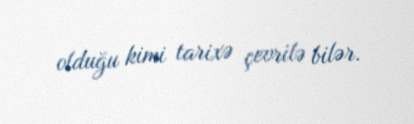
olduğu kimi tarixə çevrilə bilər.